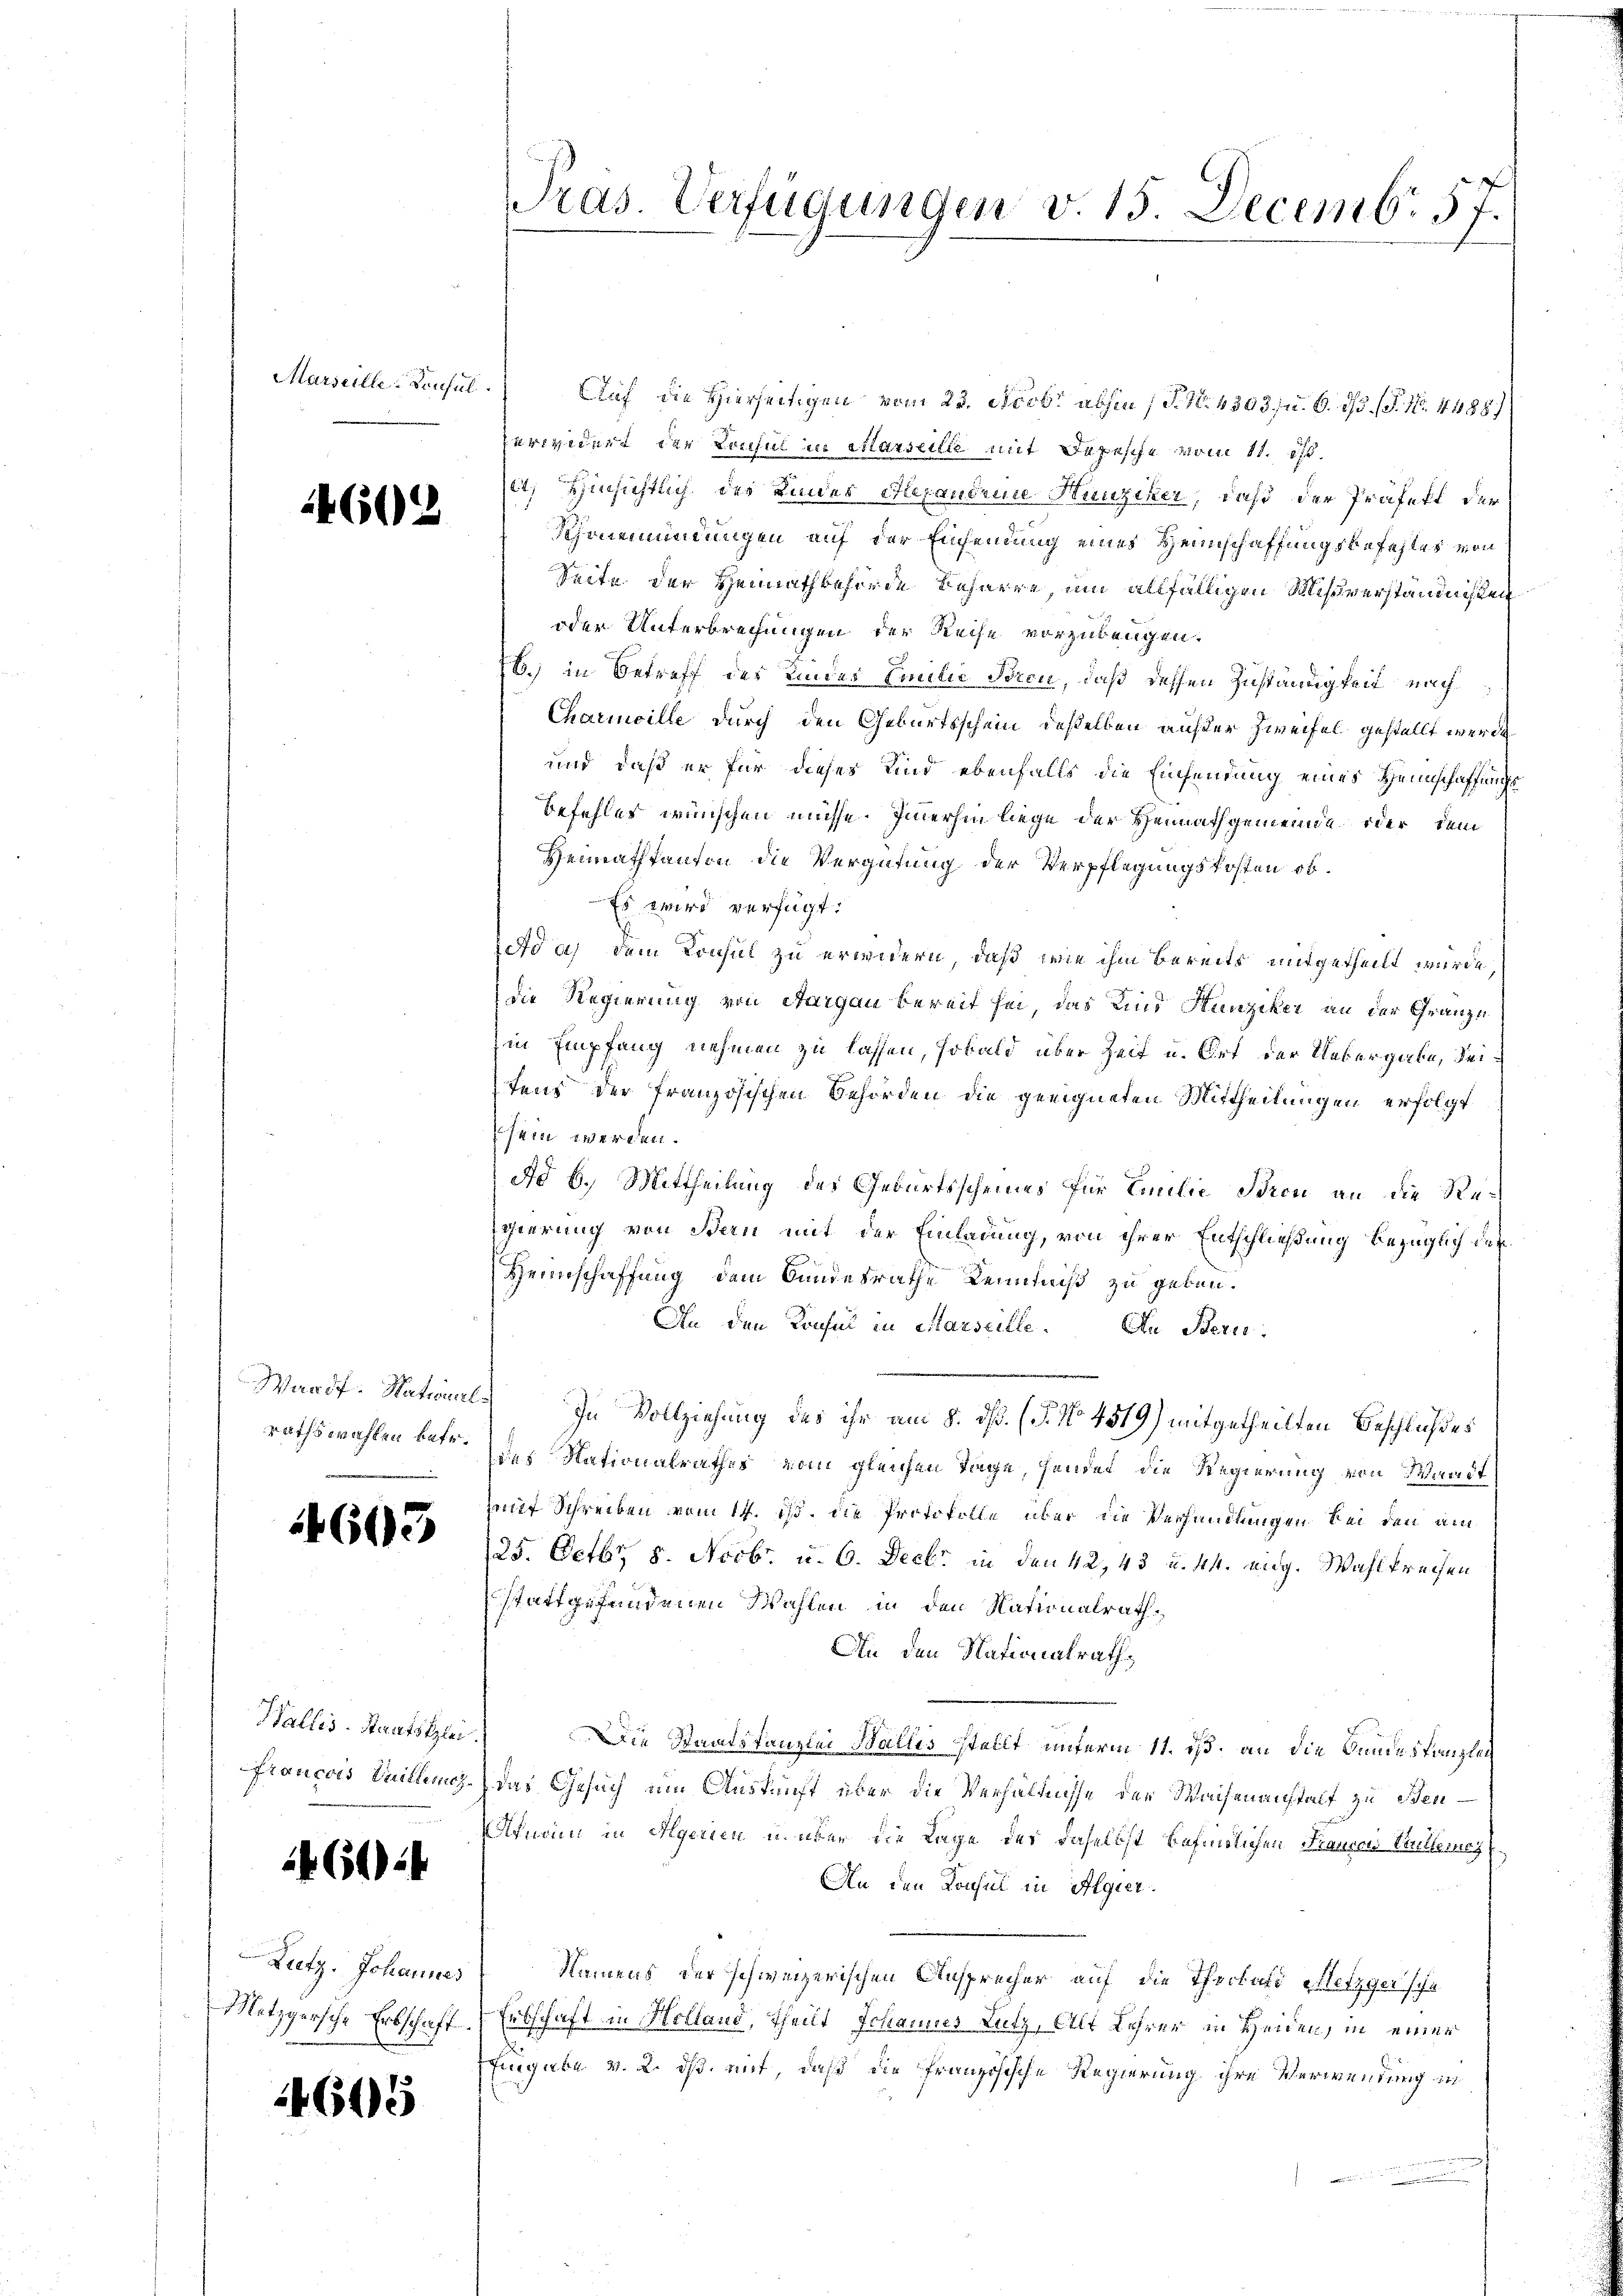
Marseille-Konsul

14602

rathswahlen betr.

4603

Wallis. Staatsklei
Francois Weillenicz

60):

Lietz. Johannes
Metzgersche Erbschaft

4645

Pras. Verfügungen v. 15. Decembr 57.

Auf die Hierseitigen vom 22. Nobr abhin 1 S. N. 4303 u. 6. ds. (T. N. 4488)
erwidert der Lonsul in Marseilte mit Depesche vom 11. ist.
t, Hinsichtlich des Kindes Alexandene Hunziker, daß der Präfekt der
Schmeiindungen auf der Einsendung eines Heimschaffungsbefehles von
Seite der Heimathbehörde Beharre, um allfälligen Mißverständnißen
oder Unterbrechungen der Reise vorzubeugen.
b. in Betreff des Kindes Emilie Toren, daß dessen Zuständigkeit nach¬
Charinaille durch den Geburtsschein deßelben auf der Zweifel gestellt werde
und daß er für dieses Kind ebenfalls die Einsendung eines Heimschaffungs
befehles wünschen müsse. Immerhin liege der Heimathgemeinde oder dem
Heimathkanton die Vergütung der Verpflegungskosten ob.
Es wird verfügt:
d a) dem Konsul zu erwidern, daß wie ihm bereits mitgetheilt wurde
die Regierung von Aargau bereit sei, das Kind Hunziker an der Gränze
in Empfang nehmen zu lassen, sobald über Zeit u. Ort der Uebergabe, Seitens der französischen Behörden die geeigneten Mittheilungen erfolgt
sein werden.
Ad 6. Mittheilung des Geburtsscheines für Emilie Ideen an die Re¬
Egierung von Bern mit der Einladung, von ihrer Entschließung bezüglich des
Hennschaffung dem Bundesrathe Kenntniß zu geben.
An den Konsul in Marseille. An Beri
Wardf. National. In Vollziehung des ihr am 8. dß. (§. No 4519) mitgetheilten Beschlußes
des Nationalrathes vom gleichen Tage, sendet die Regierung von Waadt
mit Schreiben vom 14. ds. die Protokolle über die Verhandlungen bei den am
125. Octbr. 8. Novbr. u. 6. Decbr. in den 42, 43 u. 44. eig. Wahlkreisen
stattgefundenen Wahlen, in den Nationalrath¬
An den Nationalrath,
Die Staatskanzlei Wallis stellt unterm 11. ds. an die Bundeskanzlei
das Gesuch um Auskunft über die Verhältnisse der Waisenanstalt zu Benfnin in Agenien u. über die Lage des daselbst befindlichen Frauen Stelleines
An den Konsul in Algier.
Namens der schweizerischen Ansprecher auf die Theilati Metzger'sche
Erbschaft in Holland, Theilt Johannes Lutz, Alt Lehrer in Heiden, in einer
Eingabe v. 2. ds. mit, daß die französische Regierung ihre Verwendung in